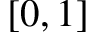
[ 0 , 1 ]